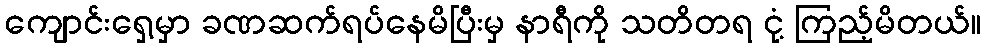
ကျောင်းရှေ့မှာ ခဏဆက်ရပ်နေမိပြီးမှ နာရီကို သတိတရ ငုံ့ ကြည့်မိတယ်။